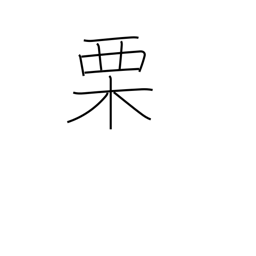
Meaning: chestnut